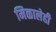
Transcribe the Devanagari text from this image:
मिळालेही